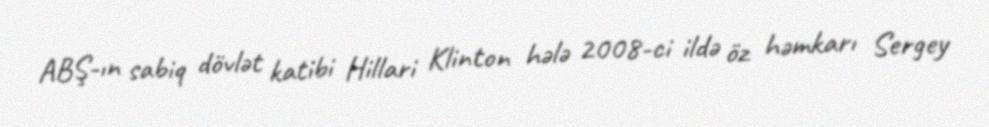
ABŞ-ın sabiq dövlət katibi Hillari Klinton hələ 2008-ci ildə öz həmkarı Sergey